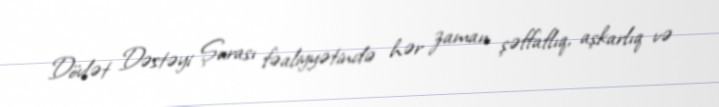
Dövlət Dəstəyi Şurası fəaliyyətində hər zaman şəffaflıq, aşkarlıq və